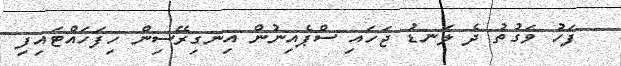
ފަހު ވަގުތު ދެ ލަނޑު ޖަހައި ސްޕެއިނުން އިނގިރޭސިން ހިފަހައްޓައިފި